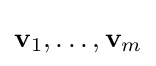
\textstyle \mathbf {v} _{1},\ldots ,\mathbf {v} _{m}